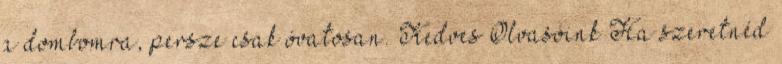
a dombomra, persze csak óvatosan. Kedves Olvasóink Ha szeretnéd